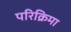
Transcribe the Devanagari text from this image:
परिक्रिमा